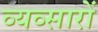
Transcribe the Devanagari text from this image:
व्यव्सारों